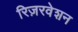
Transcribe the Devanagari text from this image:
रिज़रवेशन